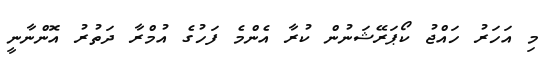
މި އަހަރު ހައްޖު ކޯޕަރޭޝަނުން ކުރާ އެންމެ ފަހުގެ އުމްރާ ދަތުރު އޮންނާނީ